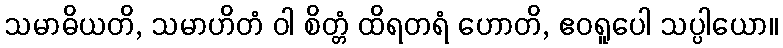
သမာဓိယတိ, သမာဟိတံ ဝါ စိတ္တံ ထိရတရံ ဟောတိ, ဧဝရူပေါ သပ္ပါယော။